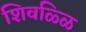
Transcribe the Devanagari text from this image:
शिवळ्ळि